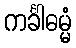
ကင်္ခါဓမ္မံ